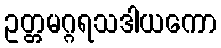
ဥတ္တမဂ္ဂရသဒါယကော